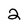
Character: 2